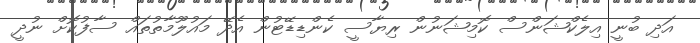
އަދި ބުނީ އިލެކްޝަންސް ކޮމިޝަނުން ރިޔާސީ ކެންޑިޑޭޓުން އެދޭ މައުލޫމާތުތައް ސާފުކޮށް ނުދީ